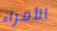
الأمراء